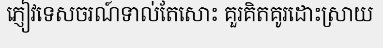
ភ្ញៀវទេសចរណ៍ទាល់តែសោះ គួរគិតគូរដោះស្រាយ